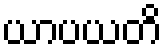
ယာပယတိ